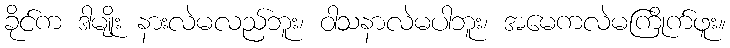
ခိုင်က ဒါမျိုး နားလဲမလည်ဘူး၊ ဝါသနာလဲမပါဘူး၊ အမေကလဲမကြိုက်ဖူး။